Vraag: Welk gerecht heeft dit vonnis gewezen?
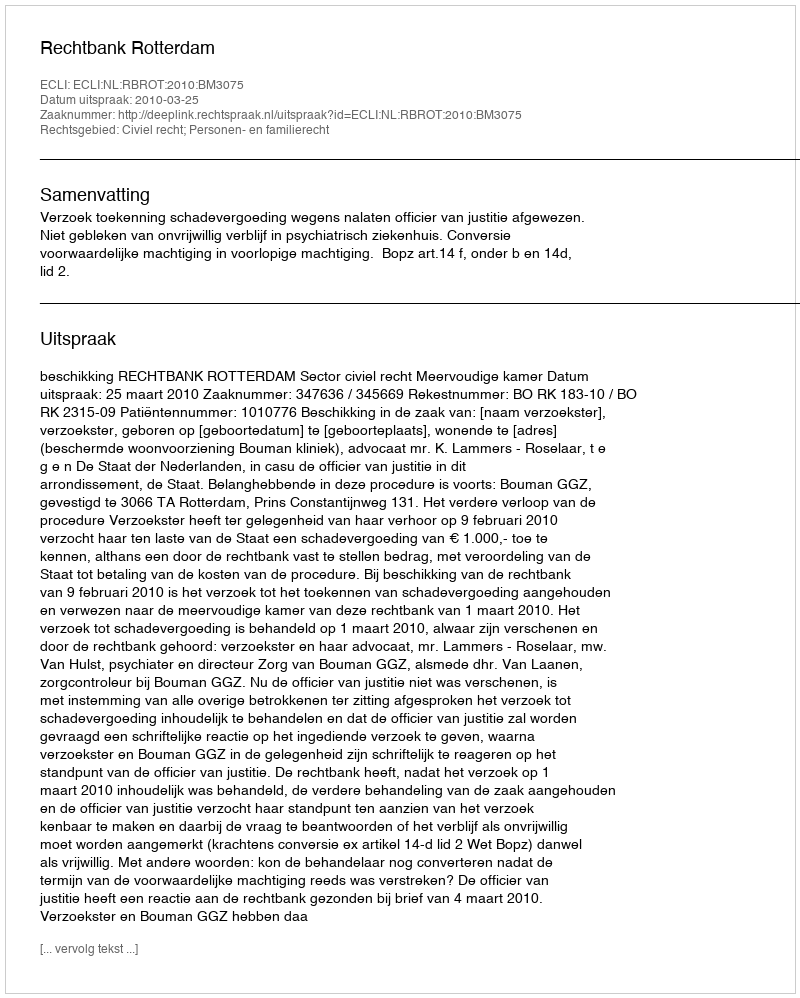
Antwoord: Rechtbank Rotterdam